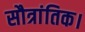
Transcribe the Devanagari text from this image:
सौत्रांतिक।